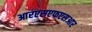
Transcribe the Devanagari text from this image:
आरएसएफएसआर